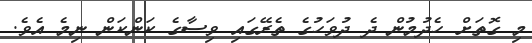
މި ގޮތަށް ހެދުމުން ދެ ދުވަހުގެ ތެރޭގައި ވިސާގެ ކަންކަން ނިމެ އެވެ.